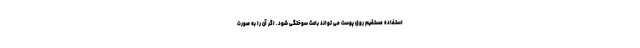
استفاده مستقیم روی پوست می تواند باعث سوختگی شود. اگر آن را به صورت